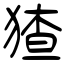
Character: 猹